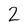
Character: 2